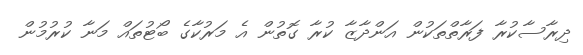
ދިރާސާކުރާ ފަރާތްތަކުން އަންދާޒާ ކުރާ ގޮތުން އެ މަރުކާގެ ބޯޓުތައް މަނާ ކުރުމުން